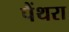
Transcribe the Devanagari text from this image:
पैंथरा